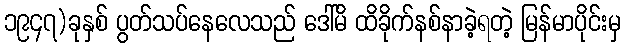
၁၉၄၇)ခုနှစ် ပွတ်သပ်နေလေသည် ဒေါ်မိ ထိခိုက်နစ်နာခဲ့ရတဲ့ မြန်မာပိုင်းမှ